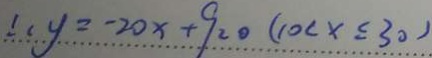
\therefore y = - 2 0 x + 9 2 0 ( 1 0 < x \leq 3 0 )